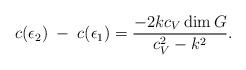
LaTeX: \begin{align*}c(\epsilon_2)\;-\;c(\epsilon_1)={-2kc_V\dim G\over c_V^2-k^2}.\end{align*}